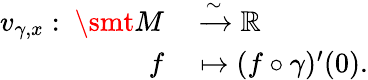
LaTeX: \begin{array}{rl}{v_{\gamma,x}:\mathrm{~}\smt{M}}&{{}\xrightarrow{\sim}\mathbb{R}}\\ {f}&{{}\mapsto(f\circ\gamma)^{\prime}(0).}\end{array}